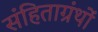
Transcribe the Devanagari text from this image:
संहिताग्रंथों